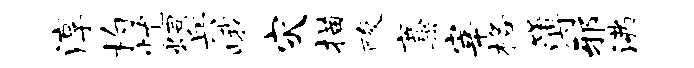
淳杓忧炯兵峨灾描酸麋宰格簿邪沸